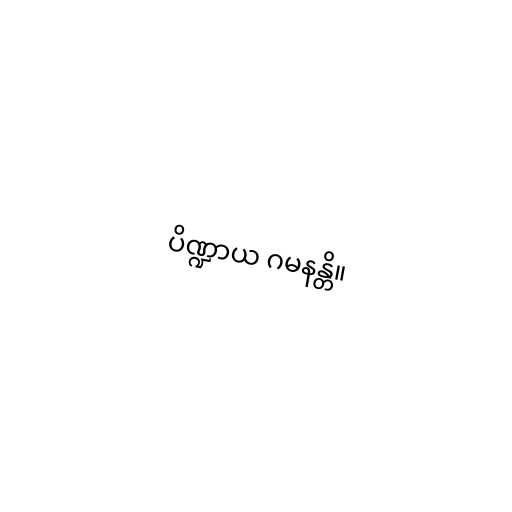
ပိဏ္ဍာယ ဂမနန္တိ။